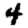
Digit: 4